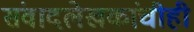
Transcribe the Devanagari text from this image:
संवादलेखकांचीही